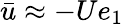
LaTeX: \bar{u}\approx-Ue_{1}